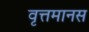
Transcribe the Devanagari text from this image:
वृत्तमानस